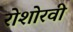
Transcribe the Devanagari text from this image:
रोशोरवी